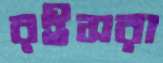
রইসরা